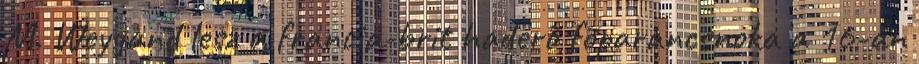
M. Weygand lesz a francia-brit haderõ fõparancsnoka a 16-án